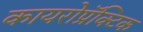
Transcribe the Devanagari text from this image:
कायरोप्रॅक्टिक